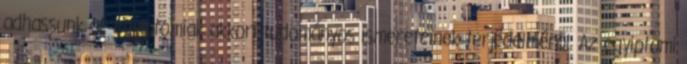
adhassunk az egyiptomiak akkori tudományos ismereteinek terjedelméről. Az egyiptomi